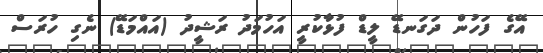
އޭގެ ފަހުން ދަގަނޑޭ ލީޑް ފުޅާކުރީ އަހުމަދު ރަޝީދު (އައްމަޑޭ) ނެގި ހުރަސް